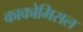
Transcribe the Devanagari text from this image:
काकोमिसल